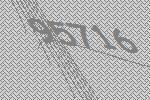
95716